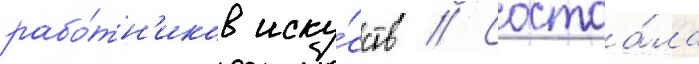
рабо́тн'иков иску́сств // Состоа́ла